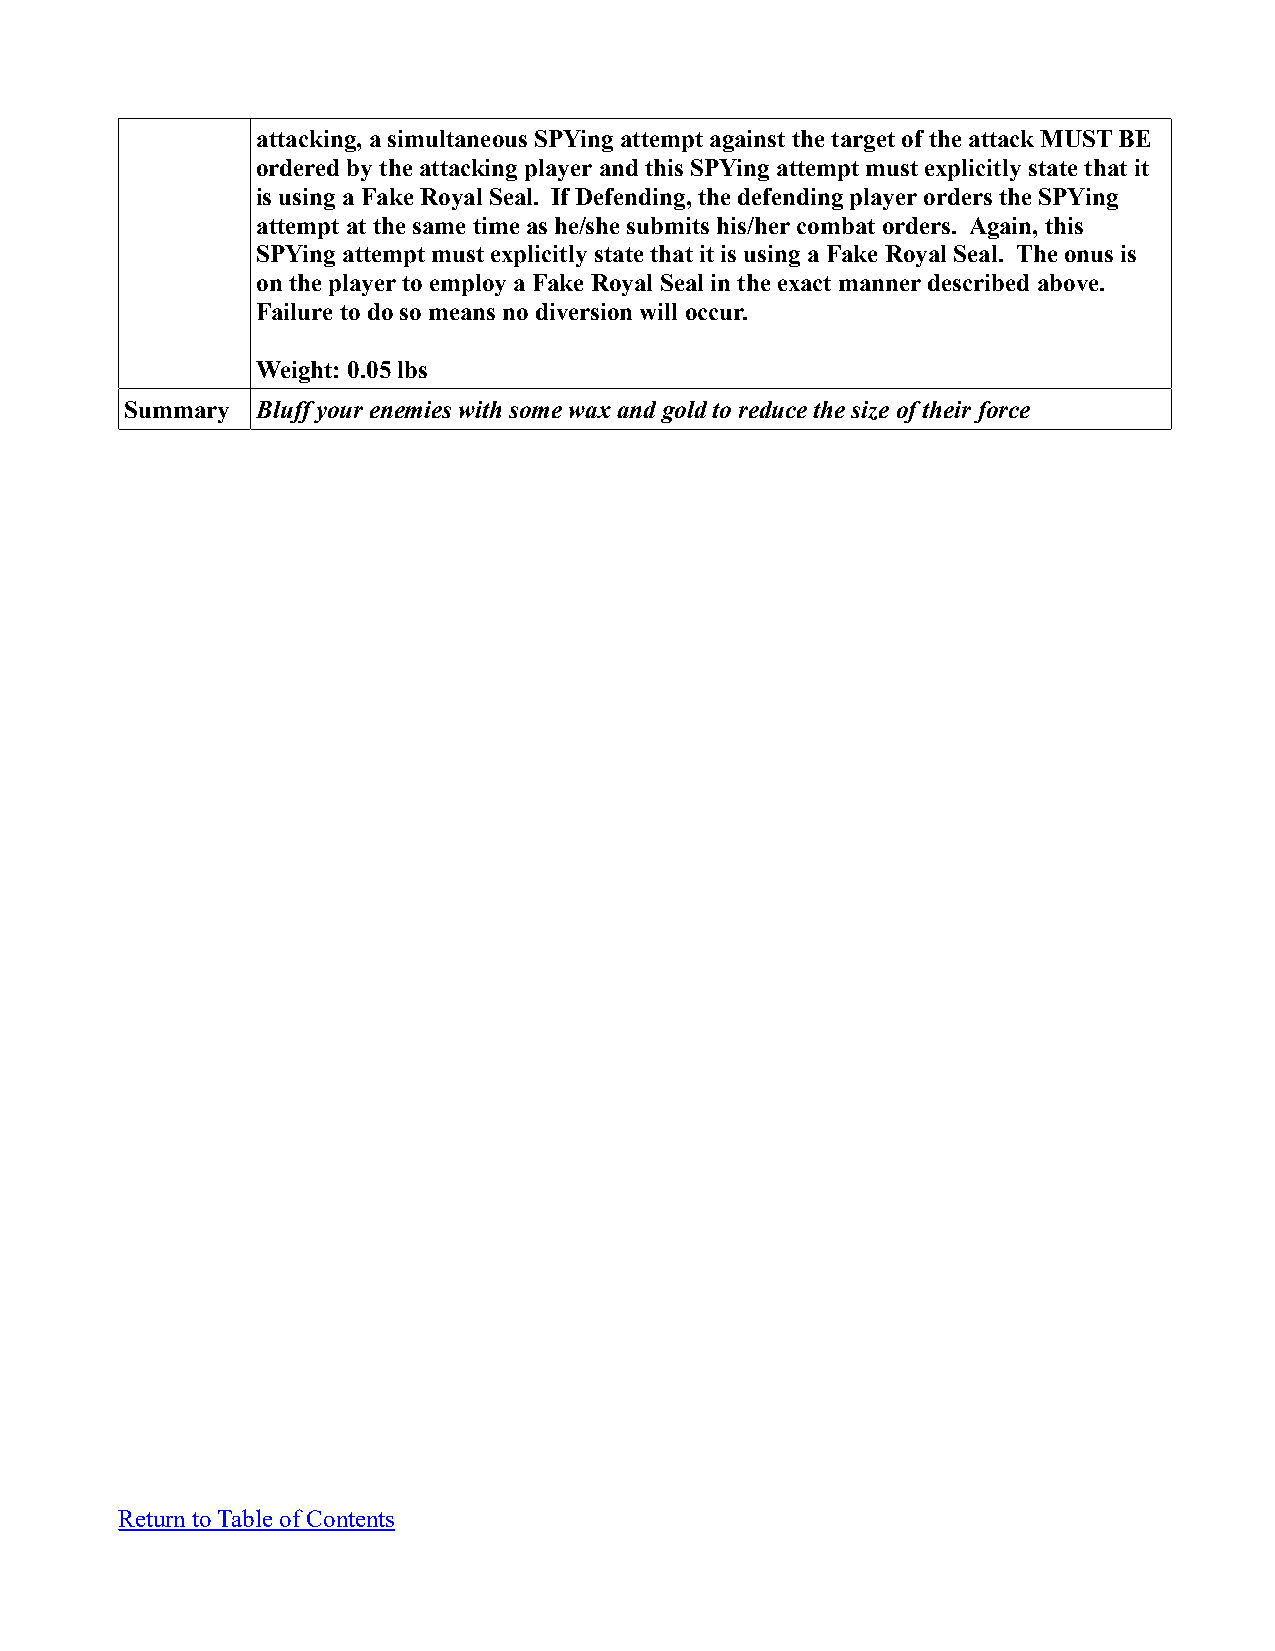
attacking, a simultaneous SPYing attempt against the target of the attack MUST BE
 ordered by the attacking player and this SPYing attempt must explicitly state that it
 is using a Fake Royal Seal. If Defending, the defending player orders the SPYing
 attempt at the same time as he/she submits his/her combat orders. Again, this
 SPYing attempt must explicitly state that it is using a Fake Royal Seal. The onus is
 on the player to employ a Fake Royal Seal in the exact manner described above.
 Failure to do so means no diversion will occur.
 Weight: 0.05 lbs
 Summary  Bluff your enemies with some wax and gold to reduce the size of their force
 Return to Table of Contents